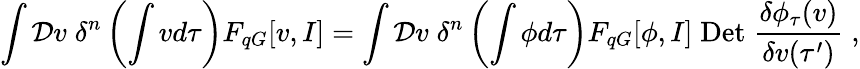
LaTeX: \int{\cal D}v\; \delta^{n}\left(\int vd\tau\right)F_{qG}[v,I]=\int{\cal D}v\; \delta^{n}\left(\int\phi d\tau\right)F_{qG}[\phi,I]\; \mathrm{Det}\; \frac{\delta\phi_{\tau}(v)}{\delta v(\tau^{\prime})}\; ,